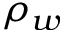
\rho _ { w }